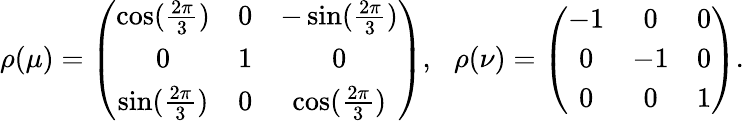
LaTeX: \rho(\mu)=\left({\begin{array}{ccc}{\cos({\frac{2\pi}{3}})}&{0}&{-\sin({\frac{2\pi}{3}})}\\ {0}&{1}&{0}\\ {\sin({\frac{2\pi}{3}})}&{0}&{\cos({\frac{2\pi}{3}})}\end{array}}\right),\, \, \, \, \rho(\nu)=\left({\begin{array}{ccc}{-1}&{0}&{0}\\ {0}&{-1}&{0}\\ {0}&{0}&{1}\end{array}}\right).